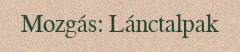
Mozgás: Lánctalpak